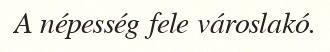
A népesség fele városlakó.